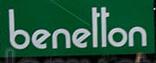
benetton